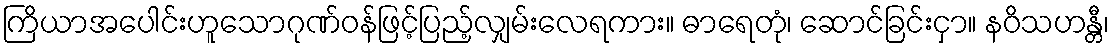
ကြိယာအပေါင်းဟူသောဂုဏ်ဝန်ဖြင့်ပြည့်လျှမ်းလေရကား။ ဓာရေတုံ၊ ဆောင်ခြင်းငှာ။ နဝိသဟန္တီ၊